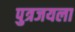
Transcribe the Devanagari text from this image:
पुत्रजयला